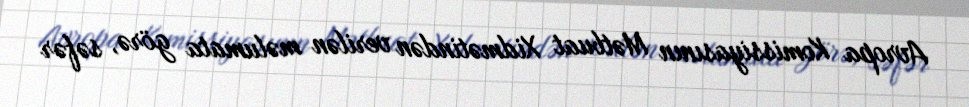
Avropa Komissiyasının Mətbuat Xidmətindən verilən məlumata görə, səfər